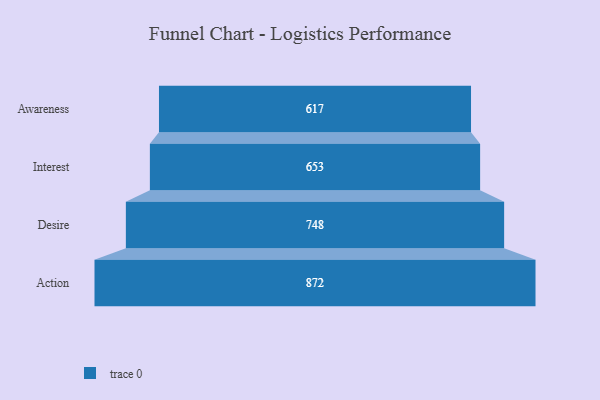
{"axis": {"x": "Stage", "y": "Value"}, "legend": [""], "data": [{"x": "Awareness", "y": 617.0, "type": ""}, {"x": "Interest", "y": 653.0, "type": ""}, {"x": "Desire", "y": 748.0, "type": ""}, {"x": "Action", "y": 872.0, "type": ""}]}